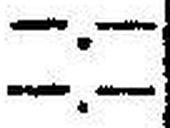
—.—